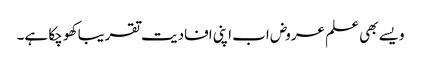
ویسے بھی علم عروض اب اپنی افادیت تقریبا کھو چکا ہے۔